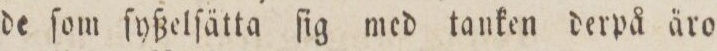
de ſom ſyßelſätta ſig med tanken derpå äro